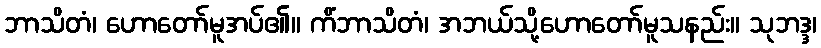
ဘာသိတံ၊ ဟောတော်မူအပ်၏။ ကိံဘာသိတံ၊ အဘယ်သို့ဟောတော်မူသနည်း။ သုဘဒ္ဒ၊